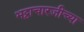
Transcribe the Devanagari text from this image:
भट्टाचारजीच्या